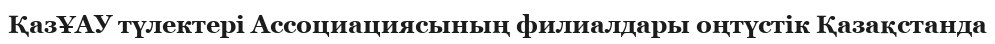
ҚазҰАУ түлектері Ассоциациясының филиалдары оңтүстік Қазақстанда